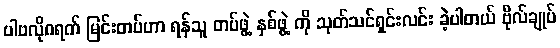
ပါဗလိုဂရက် မြင်းတပ်ဟာ ရန်သူ တပ်ဖွဲ့ နှစ်ဖွဲ့ ကို သုတ်သင်ရှင်းလင်း ခဲ့ပါတယ် ဗိုလ်ချုပ်